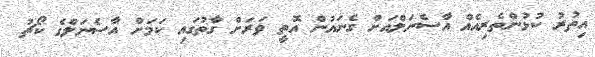
އިތުރު ކުޅުންތެރިއެއް އާސެނަލްއަށް ގެނައުން އޮތީ ވަރަށް ގާތުގައި ކަމަށް އާސެނަލްގެ ކޯޗު